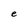
Character: e